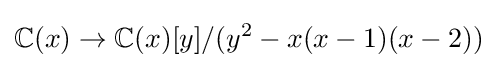
\mathbb {C} (x)\to \mathbb {C} (x)[y]/(y^{2}-x(x-1)(x-2))